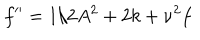
LaTeX: f ^ { \prime \prime } = 1 / 2 A ^ { 2 } + 2 k + \nu ^ { 2 } f